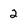
Character: 2